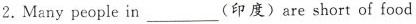
2.Many people in___(印度)are short of food